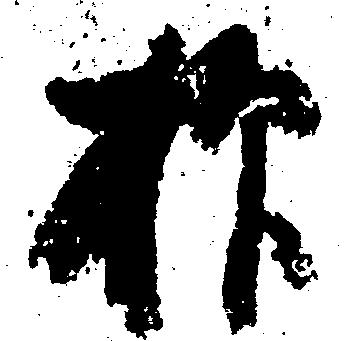
抑